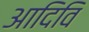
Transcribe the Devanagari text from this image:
आदिवि